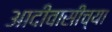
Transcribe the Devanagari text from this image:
आदीवासींच्या